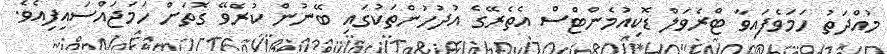
މުއްދަތު ހަމަވެފައިވާ ޓްރެވަލް ޑޮކިއުމެންޓްސް އެތެރޭގެ އުދުހުންތަކުގައި ބޭނުން ކުރެވޭ ގޮތަށް ހަމަޖައްސައިފިއެވެ.